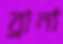
ব্রানা